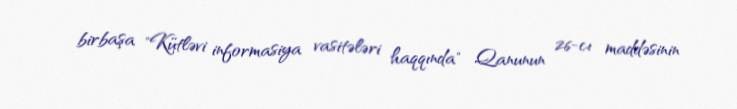
birbaşa "Kütləvi informasiya vasitələri haqqında" Qanunun 26-cı maddəsinin